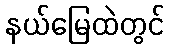
နယ်မြေထဲတွင်